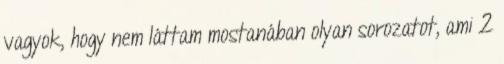
vagyok, hogy nem láttam mostanában olyan sorozatot, ami 2